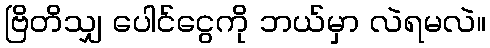
ဗြိတိသျှ ပေါင်ငွေကို ဘယ်မှာ လဲရမလဲ။